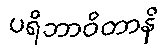
ပရိဘာဝိတာနိ